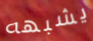
يشبهه